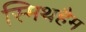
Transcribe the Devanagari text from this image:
स्मिथहैम